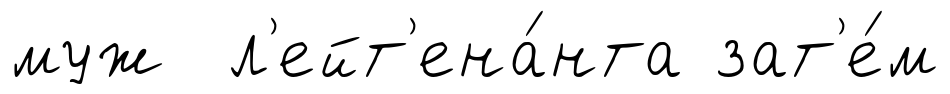
муж л'ейт'ена́нта зат'е́м